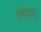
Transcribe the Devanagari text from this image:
वोयट